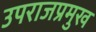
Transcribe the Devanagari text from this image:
उपराजप्रमुख